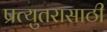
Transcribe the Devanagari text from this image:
प्रत्युतरासाठी